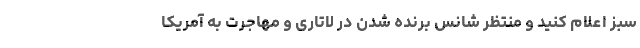
سبز اعلام کنید و منتظر شانس برنده شدن در لاتاری و مهاجرت به آمریکا